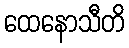
ထေနောသီတိ